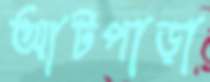
আটপাড়া